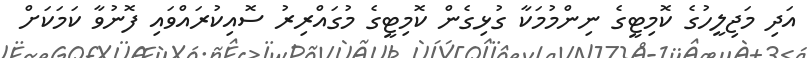
އަދި މަޖިލީހުގެ ކޮމިޓީގެ ނިންމުމަކާ ގުޅިގެން ކޮމިޓީގެ މުގައްރިރު ސޮއިކުރައްވައި ފޮނުވާ ކަމަކަށް